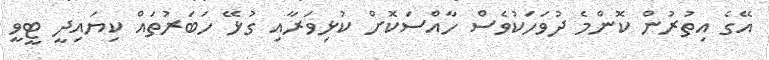
އޭގެ އިތުރުން ކޮންމެ ދުވަހަކުވެސް ހާއްސަކޮށް ކުޅިވަރާއި ގުޅޭ ހަބަރުތައް ކިޔައިދީ ޓީވީ